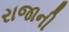
રાજાની